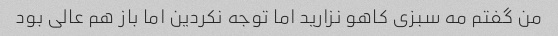
من گفتم مه سبزی کاهو نزارید اما توجه نکردین اما باز هم عالی بود